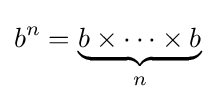
b^{n}=\underbrace {b\times \cdots \times b} _{n}